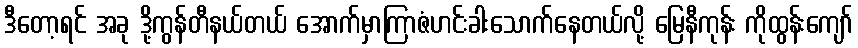
ဒီတော့ရင် အခု ဒို့ကွန်တီနယ်တယ် အောက်မှာကြာဇံဟင်းခါးသောက်နေတယ်လို့ မြေနီကုန်း ကိုထွန်းကျော်